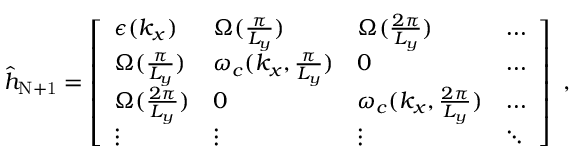
\begin{array} { r } { { \hat { h } } _ { \mathrm { N + 1 } } = \left[ \begin{array} { l l l l } { \epsilon ( k _ { x } ) } & { { \Omega } ( \frac { \pi } { L _ { y } } ) } & { { \Omega } ( \frac { 2 \pi } { L _ { y } } ) } & { \hdots } \\ { { \Omega } ( \frac { \pi } { L _ { y } } ) } & { \omega _ { c } ( { k _ { x } , \frac { \pi } { L _ { y } } } ) } & { 0 } & { \hdots } \\ { { \Omega } ( \frac { 2 \pi } { L _ { y } } ) } & { 0 } & { \omega _ { c } ( { k _ { x } , \frac { 2 \pi } { L _ { y } } } ) } & { \hdots } \\ { \vdots } & { \vdots } & { \vdots } & { \ddots } \end{array} \right] ~ , } \end{array}